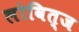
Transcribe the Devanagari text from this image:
लोवित्ज